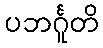
ပဘင်္ဂူတိ